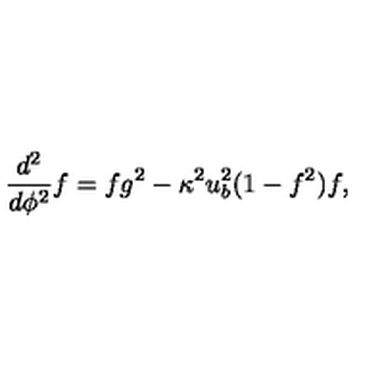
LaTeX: \frac { d ^ { 2 } } { d \phi ^ { 2 } } f = f g ^ { 2 } - \kappa ^ { 2 } u _ { b } ^ { 2 } ( 1 - f ^ { 2 } ) f ,